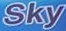
Sky